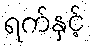
ရက်နှင့်